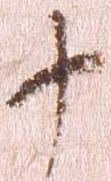
十